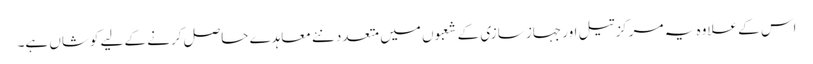
اس کے علاوہ یہ مرکز تیل اور جہاز سازی کے شعبوں میں متعدد نئے معاہدے حاصل کرنے کے لیے کوشاں ہے۔